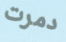
دمرت